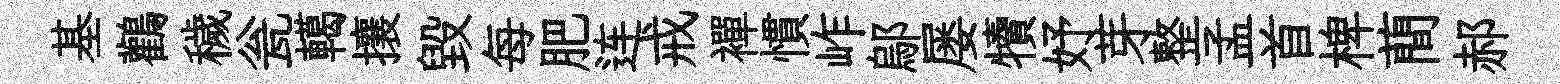
基鸛穢瓮轕攘毀每肥连戒襌慣岞鄔屡犢妤芽整孟首椑蕳郝